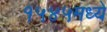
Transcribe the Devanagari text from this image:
१५४५मध्ये